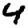
Digit: 4